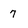
Character: 7